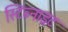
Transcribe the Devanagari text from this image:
स्टिब्नाइट